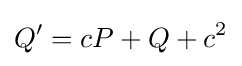
Q'=cP+Q+c^{2}